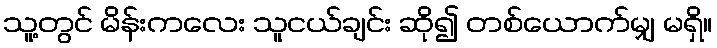
သူ့တွင် မိန်းကလေး သူငယ်ချင်း ဆို၍ တစ်ယောက်မျှ မရှိ။